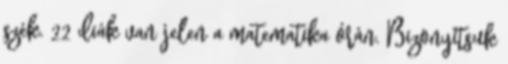
szék. 22 diák van jelen a matematika órán. Bizonyítsuk